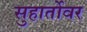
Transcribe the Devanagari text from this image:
सुहार्तोवर